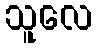
သူလေ